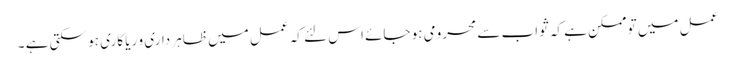
عمل میں تو ممکن ہے کہ ثواب سے محرومی ہو جائے اس لئے کہ عمل میں ظاہر داری و ریا کاری ہو سکتی ہے ۔